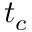
t _ { c }